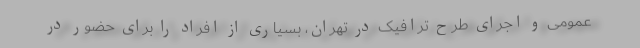
عمومی و اجرای طرح ترافیک در تهران، بسیاری از افراد را برای حضور در